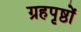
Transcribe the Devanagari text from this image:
ग्रहपृष्ठों